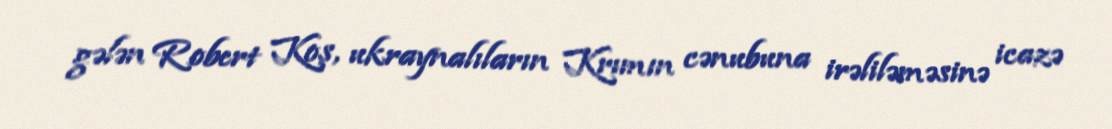
gələn Robert Koş, ukraynalıların Krımın cənubuna irəliləməsinə icazə